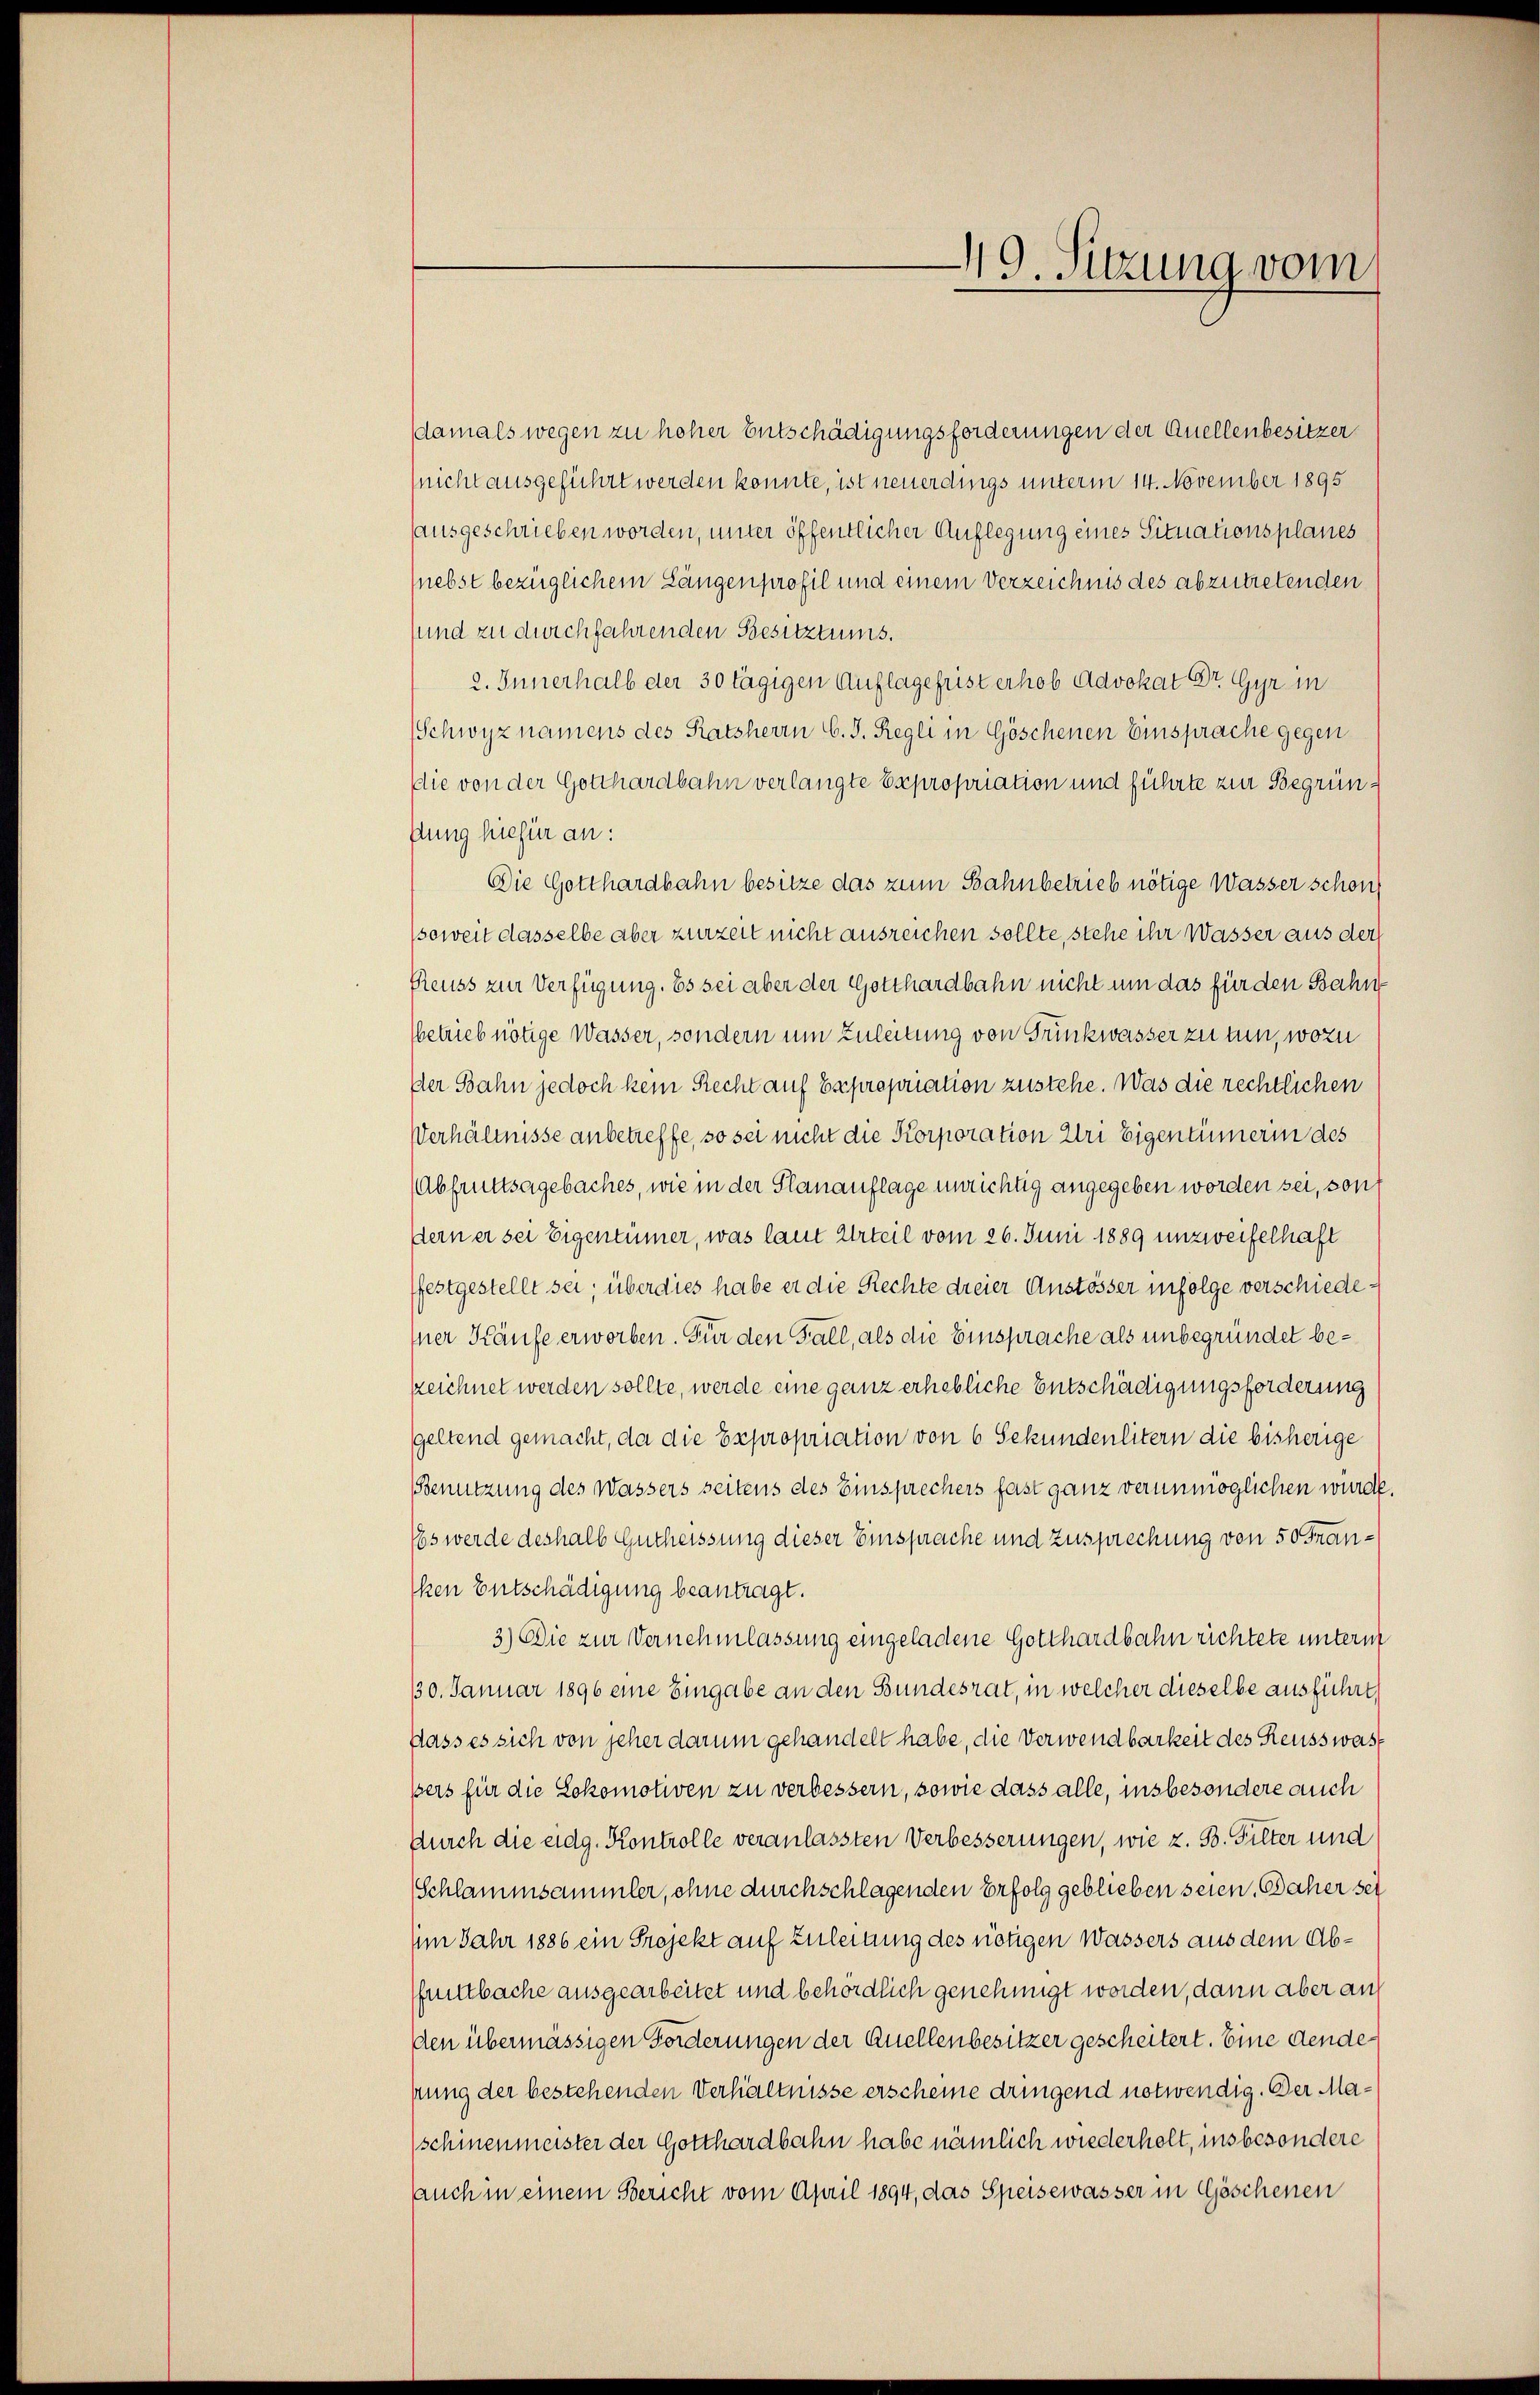
49. Sitzung vom

(damals wegen zu hoher Entschädigungsforderungen der Quellenbesitzer
nicht ausgeführt werden konnte, ist neuerdings unterm 14. November 1895
ausgeschrieben worden, unter öffentlicher Auflegung eines Situationsplanes
nebst bezüglichem Längenprofil und einem Verzeichnis des abzutretenden
und zu durchfahrenden Besitztums.
2. Innerhalb der 30 tägigen Auflagefrist erhob Advokat Dr. Gyr in
Schwyz namens des Ratsherrn C. J. Regli in Göschenen Einsprache gegen
die von der Gotthardbahn verlangte Expropriation und führte zur Begründung hiefür an:
Die Gotthardbahn besitze das zum Bahnbetrieb nötige Wasser schon
(soweit dasselbe aber zurzeit nicht ausreichen sollte, stehe ihr Wasser aus der
Reuss zur Verfügung. Es sei aber der Gotthardbahn nicht um das für den Bahn
betrieb nötige Wasser, sondern um Zuleitung von Trinkwasser zu tun, wozu
Der Bahn jedoch kein Recht auf Expropriation zustehe. Was die rechtlichen
Verhältnisse anbetreffe, so sei nicht die Korporation Uri Eigentümerin des
Abfruttsagebaches, wie in der Planauflage unrichtig angegeben worden sei, son
dern er sei Eigentümer, was laut Urteil vom 26. Juni 1889 unzweifelhaft
ffestgestellt sei; über dies habe er die Rechte dreier Anstösser infolge verschiedesner Käufe erworben. Für den Fall, als die Einsprache als unbegründet bezeichnet werden sollte, werde eine ganz erhebliche Entschädigungsforderung
geltend gemacht, da die Expropriation von 6 Sekundenlitern die bisherige
Benutzung des Wassers seitens des Einsprechers fast ganz verunmöglichen würde.
Es werde deshalb Gutheissung dieser Einsprache und Zusprechung von 50 Franken Entschädigung beantragt.
3.) Die zur Vernehmlassung eingeladene Gotthardbahn richtete unterm
130. Januar 1896 eine Eingabe an den Bundesrat, in welcher dieselbe ausführt,
Dass es sich von jeher darum gehandelt habe, die Verwendbarkeit des Reusswass
ßers für die Lokomotiven zu verbessern, sowie dass alle, insbesondere auch
Aurch die eidg. Kontrolle veranlassten Verbesserungen, wie z. B. Filter und
Schlammsammler, ohne durchschlagenden Erfolg geblieben seien. Daher sei
Im Jahr 1886 ein Projekt auf Zuleitung des nötigen Wassers aus dem Abfuntbache ausgearbeitet und behördlich genehmigt worden, dann aber an
den übermässigen Forderungen der Quellenbesitzer gescheitert. Eine dendepung der bestehenden Verhältnisse erscheine dringend notwendig. Der Maschinenmeister der Gotthardbahn habe nämlich wiederholt, insbesondere
auch in einem Bericht vom April 1894, das Speisewasser in Göschenen